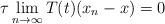
LaTeX: \begin{align*} \tau\lim_{n\to\infty} T(t)(x_n-x) = 0 \end{align*}